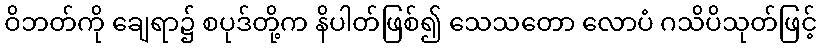
ဝိဘတ်ကို ချေရာ၌ စပုဒ်တို့က နိပါတ်ဖြစ်၍ သေသတော လောပံ ဂသိပိသုတ်ဖြင့်